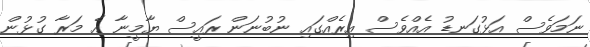
ނަމަވެސް އަޅުގަނޑު އެއްވެސް އިރެއްގައި ނުބުނަން ރައީސް ޔާމީނާ އެ މަރާ ގުޅުން